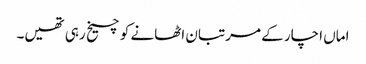
اماں اچار کے مرتبان اٹھانے کو چیخ رہی تھیں۔